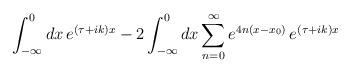
LaTeX: \begin{align*}\int_{-\infty}^{0} dx \,e^{(\tau+ik)x} -2\int_{-\infty}^{0} dx \sum_{n=0}^{\infty}e^{4n(x-x_{0})} \,e^{(\tau+ik)x}\end{align*}